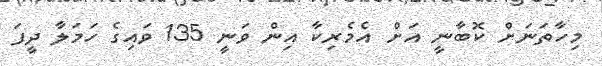
މިހާތަނަށް ކޮބާނީ އަށް އެމެރިކާ އިން ވަނީ 135 ވައިގެ ހަމަލާ ދީފަ